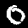
Digit: 0